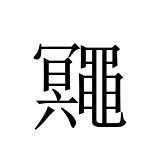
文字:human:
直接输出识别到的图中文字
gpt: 鼆